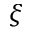
\xi